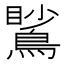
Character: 𪃧